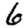
Digit: 6